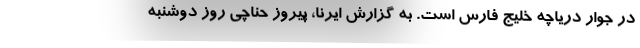
در جوار دریاچه خلیج فارس است. به گزارش ایرنا، پیروز حناچی روز دوشنبه